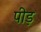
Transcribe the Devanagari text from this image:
पीड़